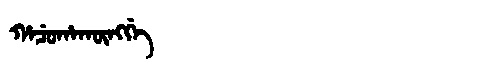
Manchu: ᡥᠠᠴᡠᡥᠠᡴᡡᠩᡤᡝ
Romanization: HACUHAKŪNGGE